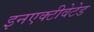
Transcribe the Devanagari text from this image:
इनएक्टीवेटेड